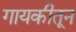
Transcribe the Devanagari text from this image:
गायकीतून